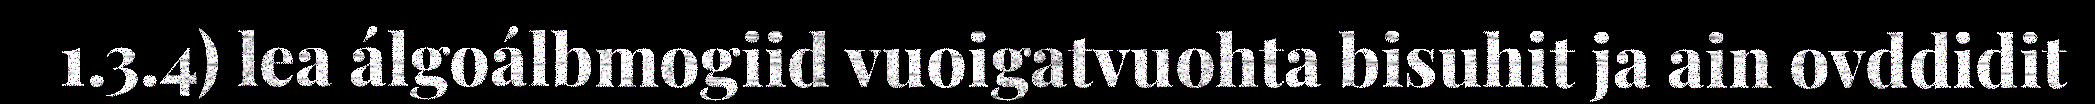
1.3.4) lea álgoálbmogiid vuoigatvuohta bisuhit ja ain ovddidit